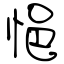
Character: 悒